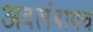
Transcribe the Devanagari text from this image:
अवलंबायचं